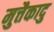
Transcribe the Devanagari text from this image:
मुत्तैकादु